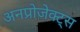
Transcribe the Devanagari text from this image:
अनप्रोजेक्ट्स